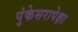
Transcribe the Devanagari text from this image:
पुंकेसरापेक्षा